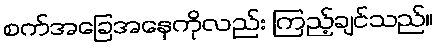
စက်အခြေအနေကိုလည်း ကြည့်ချင်သည်။